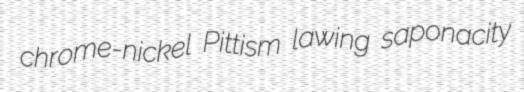
chrome-nickel Pittism lawing saponacity